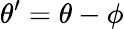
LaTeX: \theta^{\prime}=\theta-\phi